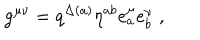
{ \tt g } ^ { \mu \nu } = q ^ { \Delta ( a ) } \eta ^ { a b } e _ { a } ^ { \mu } e _ { b } ^ { \nu } \; ,